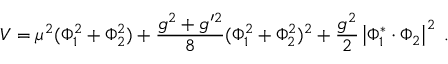
V = \mu ^ { 2 } ( \Phi _ { 1 } ^ { 2 } + \Phi _ { 2 } ^ { 2 } ) + \frac { g ^ { 2 } + g ^ { \prime 2 } } { 8 } ( \Phi _ { 1 } ^ { 2 } + \Phi _ { 2 } ^ { 2 } ) ^ { 2 } + \frac { g ^ { 2 } } { 2 } \left| \Phi _ { 1 } ^ { * } \cdot \Phi _ { 2 } \right| ^ { 2 } \; .